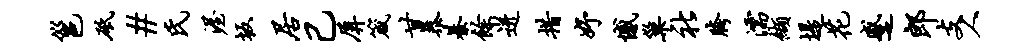
邕砥#氏渥坂居己屏箴甘暴綦余迸措妤憾巢社胯濡缬堤花蹙郎支人